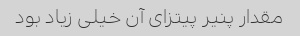
مقدار پنیر پیتزای آن خیلی زیاد بود